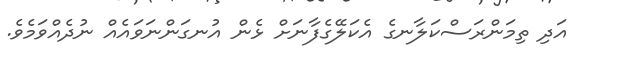
އަދި ތިމަންރަސްކަލާނގެ އެކަލޭގެފާނަށް ޅެން އުނގަންނަވައެއް ނުދެއްވަމެވެ.